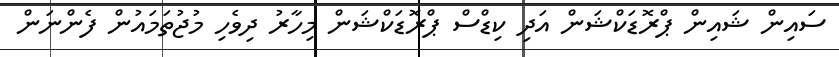
ސައިން ޝައިން ޕްރޮޑަކްޝަން އަދި ކިޑްސް ޕްރޮޑަކްޝަން މިހާރު ދިވެހި މުޖުތަމައުން ފެންނަން